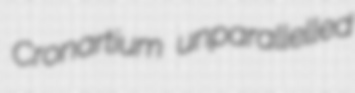
Cronartium unparallelled